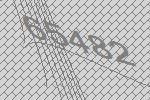
65482